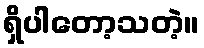
ရှိပါတော့သတဲ့။